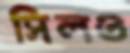
সিলও